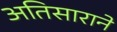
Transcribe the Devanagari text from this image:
अतिसाराने